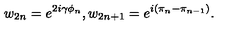
w _ { 2 n } = e ^ { 2 i \gamma \phi _ { n } } , w _ { 2 n + 1 } = e ^ { i ( \pi _ { n } - \pi _ { n - 1 } ) } .